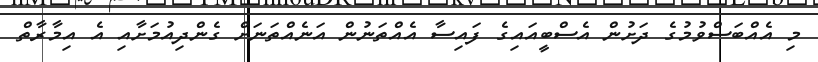
މި އެއްބަސްވުމުގެ ދަށުން އެސްބީއައިގެ ފައިސާ އެއްތަނުން އަނެއްތަނަށް ގެންދިއުމަށާއި އެ އިމާރާތް